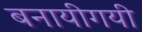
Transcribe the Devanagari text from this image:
बनायीगयी